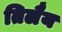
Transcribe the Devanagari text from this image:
तिलैय